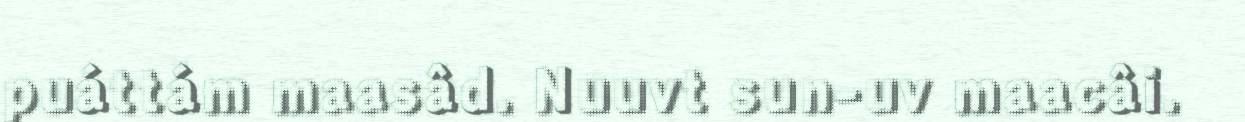
puáttám maasâd. Nuuvt sun-uv maacâi.